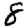
Digit: 8